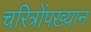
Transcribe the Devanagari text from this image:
चरित्रोंपख्यान